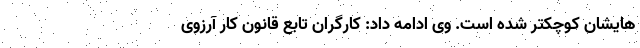
هایشان کوچکتر شده است. وی ادامه داد: کارگران تابع قانون کار آرزوی